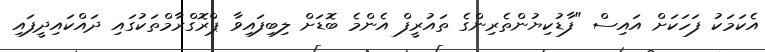
އެކަމަކު ފަހަކަށް އައިސް "ފާޑުކިޔުންތެރިންގެ ތައުރީފް އެންމެ ބޮޑަށް ލިބިފައިވާ ޕްރޮގްރާމްތަކުގައި ދައްކައިދީފައި